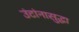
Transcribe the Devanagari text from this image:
उंटांनासुद्धा